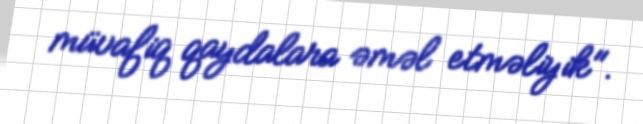
müvafiq qaydalara əməl etməliyik".